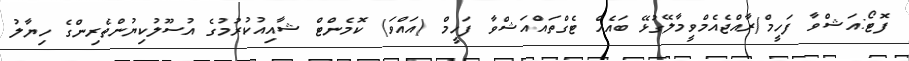
ފޮޓޯ:އަޝްވާ ފަހީމް/ރާއްޖެއެމްވީމާލޭގުޅޭ ބައެއް ޓެގްތައްއަޝްވާ ފަހީމް (އައްވަ) ކޮމެންޓް ޝާއިއުކުރުމުގެ އުސޫލުކިޔުންތެރިންގެ ހިޔާލު